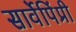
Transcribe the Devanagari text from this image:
सार्वेपिंप्री